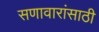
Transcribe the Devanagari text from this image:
सणावारांसाठी